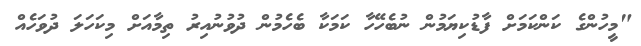
"މީހުންގެ ކަންކަމަަށް ފާޑުކިޔަމުން ނުބެހޭހާ ކަމަކާ ބެހެމުން ދުވުނުއިރު ތިމާއަށް މިކަހަލަ ދުވަހެއް